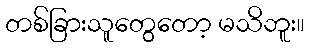
တစ်ခြားသူတွေတော့ မသိဘူး။